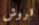
قروش